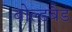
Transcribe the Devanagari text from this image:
बोल्डबैड